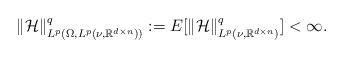
LaTeX: \begin{align*} \| \mathcal H\|^{q}_{L^{p}(\Omega, L^{p}(\nu, \mathbb R^{d\times n}))}:=E[\| \mathcal H\|^{q}_{L^p(\nu,\mathbb R^{d\times n})}]<\infty.\end{align*}